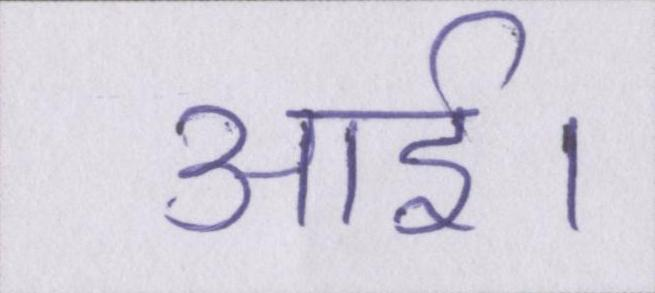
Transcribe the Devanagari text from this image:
आई।